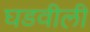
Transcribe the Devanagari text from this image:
घडवीली